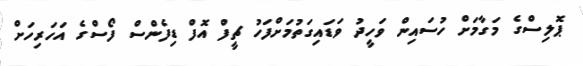
ޕޮލިސްގެ މަގާމަށް ހުސައިން ވަހީދު ވަޑައިގަތުމަށްފަހު ޗީފް އޮފް ޑިފެންސް ފޯސްގެ އަހަރިހަށް